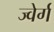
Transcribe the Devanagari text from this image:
ज्वेर्ग